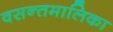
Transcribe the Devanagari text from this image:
वसन्तमालिका